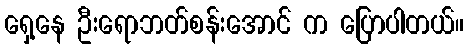
ရှေ့နေ ဦးရောဘတ်စန်းအောင် က ပြောပါတယ်။